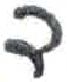
אות: ד